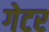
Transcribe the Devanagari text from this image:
गेटर